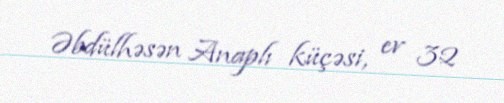
Əbdülhəsən Anaplı küçəsi, ev 32